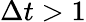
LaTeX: \Delta t>1